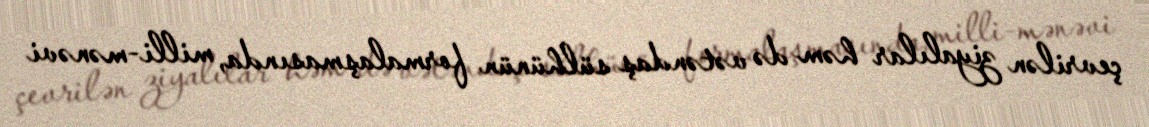
çevrilən ziyalılar həm də vətəndaş sülhünün formalaşmasında, milli-mənəvi